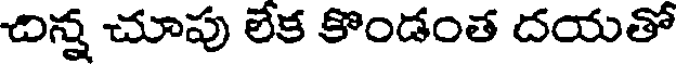
దిన్న చూపు లేక కొండంత దయతో